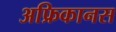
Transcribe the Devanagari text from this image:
अफ्रिकानस